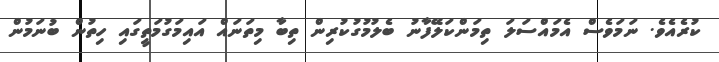
ކުރެއެވެ. ނަމަވެސް އެމައްސަލަ ތިމަންކަލޭފާނު ބެލުމުގުކުރިން ތިބާ މިތަނައް އައިމަގުމަތީގައި ހިތުން ބުނަމުން